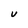
Character: V